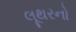
લૂથરનો